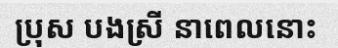
ប្រុស បងស្រី នាពេលនោះ